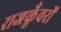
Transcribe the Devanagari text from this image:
राजकुँवरों